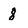
Character: 8